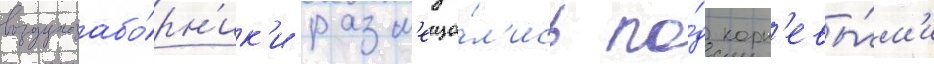
воздухозабо́рн'ик'и разм'еща́л'ись по́д корн'евы́м'и